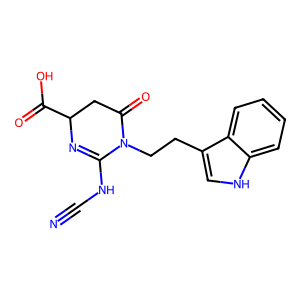
SMILES: N#CNC1=NC(C(=O)O)CC(=O)N1CCc1c[nH]c2ccccc12
Inhibits HIV replication: No